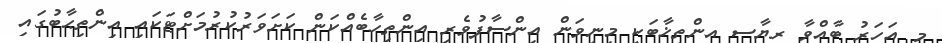
މި އަހަރު ބާއްވާ ރިޔާސީ އިންތިޚާބަކީ މިނިވަން އިންސާފުވެރި އިންތިހާބެއްކަން ކަށަވަރުކުރުމަށްޓަކައި އިންތިޙާބުގައި